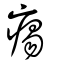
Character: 痬